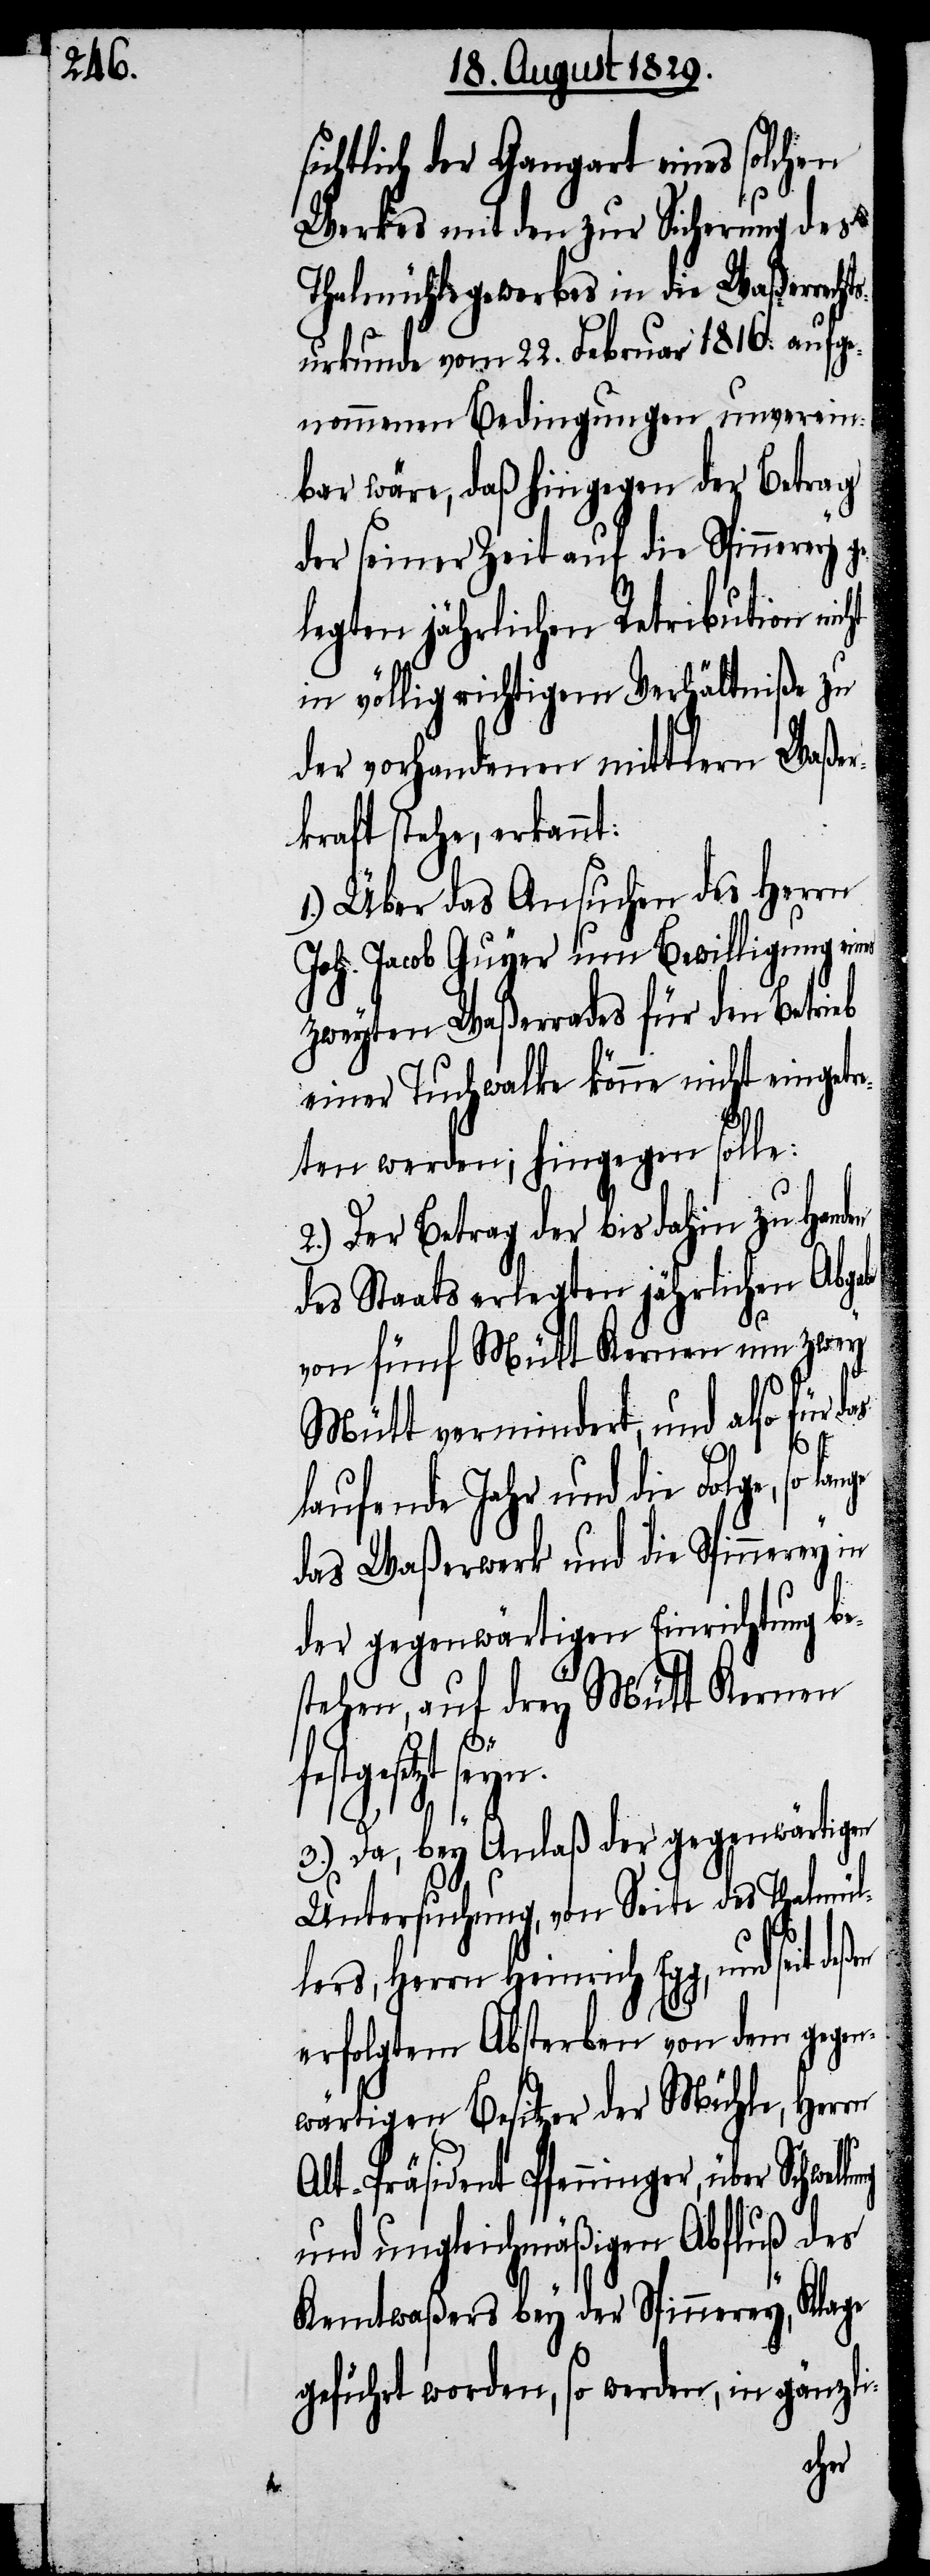
sichtlich der Gangart eines solchen
Werkes mit den zur Sicherung des
Thalmühlsgewerbes in die Waßerrecht¬
surkunde vom 22. Februar 1816. aufge¬
nommenen Bedingungen unverein¬
bar wäre, daß hingegen der Betrag
der seiner Zeit auf die Spinnerey
legten jährlichen Retribution
in völlig richtigem Verhältniße zu
der vorhandenen mittlern Waßer¬
kraft stehe, erkannt:
1.) Über das Ansuchen des Herrn
Joh. Jacob Guyer um Bewilligung ein¬
zweyten Waßerrades für den Betrieb
einer Tuchwalke könne nicht eingetr¬
eten werden; hingegen solle:
2.) Der Betrag der bis dahin zu Hand¬
des Staats erlegten jährlichen Abga¬
von fünft Mütt Kernen um zwey
Mütt vermindert, und also
llung
laufende Jahr und die Folg¬
das Waßerwerk und die Spinnerey in
der gegenwärtigen Einrichtung be¬
stehen, auf drey Mütt Kernen
festgesetzt seyn.
e,
für
3.) Da, bey Anlaß der gegenwärtigen
Untersuchung, von Seite des Thalmül¬
lers, Herrn Heinrich Egg, und seit
erfolgtem Absterben von dem gegen¬
wärtigem Besitzer der Mühle, Herrn
Alt-Präsident Pfenninger, über Schwe¬
und ungleichmäßigen Abfluß des
Kemtwaßers bey der Spinnerey, Klage
geführt worden, so werden, in gänzl¬

i-